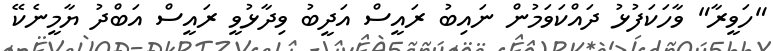
"ހަވީރާ" ވާހަކަފުޅު ދައްކަވަމުން ނައިބު ރައީސް އަދީބު ވިދާޅުވީ ރައީސް އަބްދު ޔާމީނެކޭ